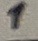
Text: 1